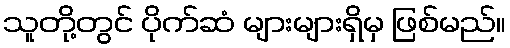
သူတို့တွင် ပိုက်ဆံ များများရှိမှ ဖြစ်မည်။